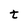
Character: t